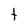
Character: t